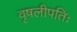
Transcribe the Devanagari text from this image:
वृषलीपतिः